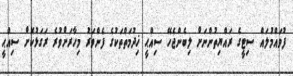
ފުވައްމުލައް ސިޓީގެ ރައްޔިތުންނަށް ލިބެންޖެހޭ ސިއްޙީ ޚިދުމަތްތަކުގެ ފެންވަރު މިހާރަށްވުރެ ރަގަޅުކޮށް ސިއްޙީ